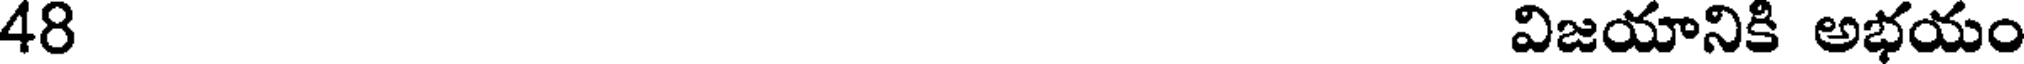
48 విజయానికి అభయం